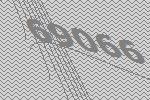
69066